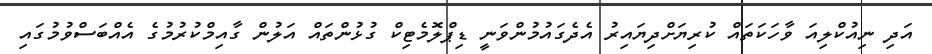
އަދި ނިއުކްލިއަ ވާހަކަތައް ކުރިޔަށްދިޔައިރު އެދެގައުމުންވަނީ ޑިޕްލޮމެޓިކް ގުޅުންތައް އަލުން ގާއިމްކުރުމުގެ އެއްބަސްވުމުގައި